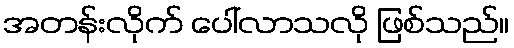
အတန်းလိုက် ပေါ်လာသလို ဖြစ်သည်။